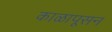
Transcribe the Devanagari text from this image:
काळापूसन